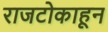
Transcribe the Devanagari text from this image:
राजटोकाहून